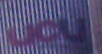
UCU